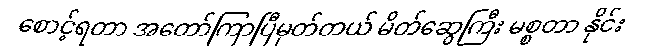
စောင့်ရတာ အတော်ကြာပြီမှတ်တယ် မိတ်ဆွေကြီး မစ္စတာ နိုင်း